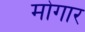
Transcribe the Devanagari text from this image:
मोगार